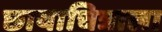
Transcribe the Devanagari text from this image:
छायाचित्राला